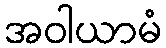
အဝါယာမံ